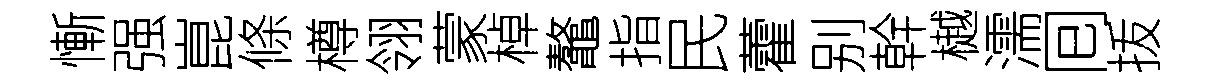
慚强崑條樽翎蒙棹鼇指民藿别幹樾濡囘㧞